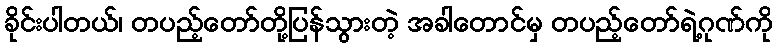
ခိုင်းပါတယ်၊ တပည့်တော်တို့ပြန်သွားတဲ့ အခါတောင်မှ တပည့်တော်ရဲ့ဂုဏ်ကို